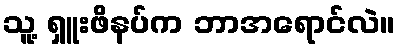
သူ့ ရှူးဖိနပ်က ဘာအရောင်လဲ။